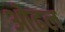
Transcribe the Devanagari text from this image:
ओढल